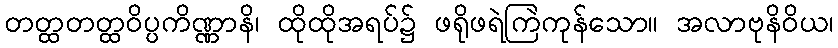
တတ္ထတတ္ထဝိပ္ပကိဏ္ဏာနိ၊ ထိုထိုအရပ်၌ ဖရိုဖရဲကြဲကုန်သော။ အလာဗုနိဝိယ၊